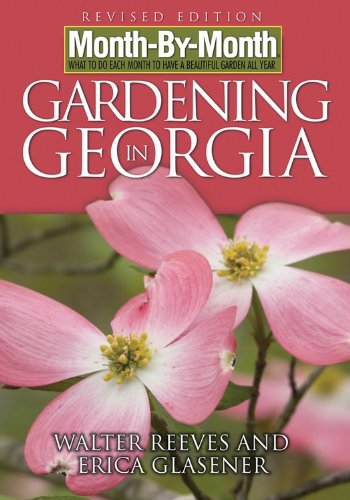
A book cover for Month-By-Month Gardening in Georgia; Walter Reeves; Crafts, Hobbies & Home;